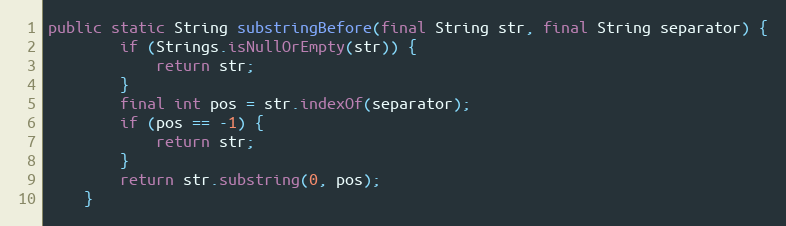
Language: Java
public static String substringBefore(final String str, final String separator) {
        if (Strings.isNullOrEmpty(str)) {
            return str;
        }
        final int pos = str.indexOf(separator);
        if (pos == -1) {
            return str;
        }
        return str.substring(0, pos);
    }